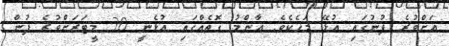
އަށްވުރެ ފުނުގައި އުޅޭ މަހެކެވެ. އާންމު ގޮތެއްގައި އުޅެނީ 30 މީޓަރަށްވުރެ ފުން